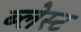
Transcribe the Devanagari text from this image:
ब्लेस्ट